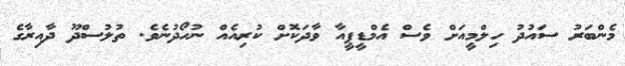
މެންބަރު ސައުދު ހިލްމީއަށް ވެސް އެމްޑީޕީއާ ވާދަކޮށް ކުރިއެއް ނުހޯދުނެވެ. ތުލުސްދޫ ދާއިރާގެ